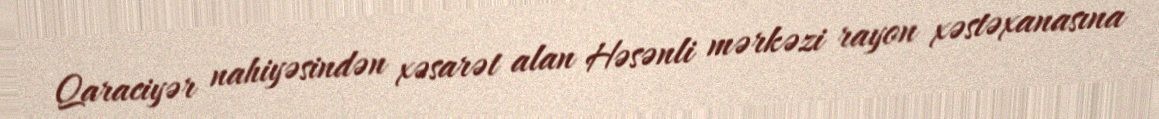
Qaraciyər nahiyəsindən xəsarət alan Həsənli mərkəzi rayon xəstəxanasına